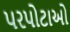
પરપોટાઓ